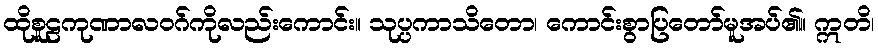
ထိုစူဠကုဏာလဝဂ်ကိုလည်းကောင်း။ သုပ္ပကာသိတော၊ ကောင်းစွာပြတော်မူအပ်၏။ ဣတိ၊